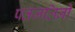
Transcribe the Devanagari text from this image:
पतंजलिनी